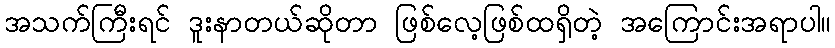
အသက်ကြီးရင် ဒူးနာတယ်ဆိုတာ ဖြစ်လေ့ဖြစ်ထရှိတဲ့ အကြောင်းအရာပါ။